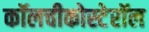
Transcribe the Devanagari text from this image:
कॉलचीकोस्टेरॉल